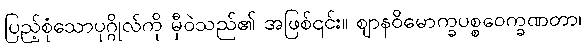
ပြည့်စုံသောပုဂ္ဂိုလ်ကို မှီဝဲသည်၏ အဖြစ်၎င်း။ ဈာနဝိမောက္ခပစ္စဝေက္ခဏတာ၊